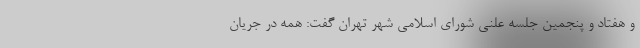
و هفتاد و پنجمین جلسه علنی شورای اسلامی شهر تهران گفت: همه در جریان